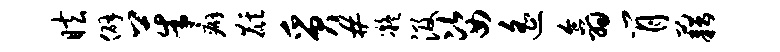
眩僻茱癖麒质#凝汲姿遥翕肖藉